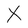
Character: X